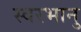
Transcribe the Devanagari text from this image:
स्वरभानु